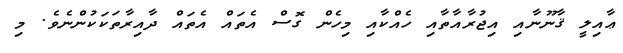
ޢާއިލީ ޤާނޫނާއި އިޖުރާއާތާއި ހެއްކާއި މިހެން ގޮސް އެތައް އެތައް ދާއިރާތަކަކުންނެވެ. މި